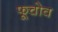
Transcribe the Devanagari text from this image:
फूचोव